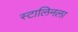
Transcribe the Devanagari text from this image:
स्टालिनला